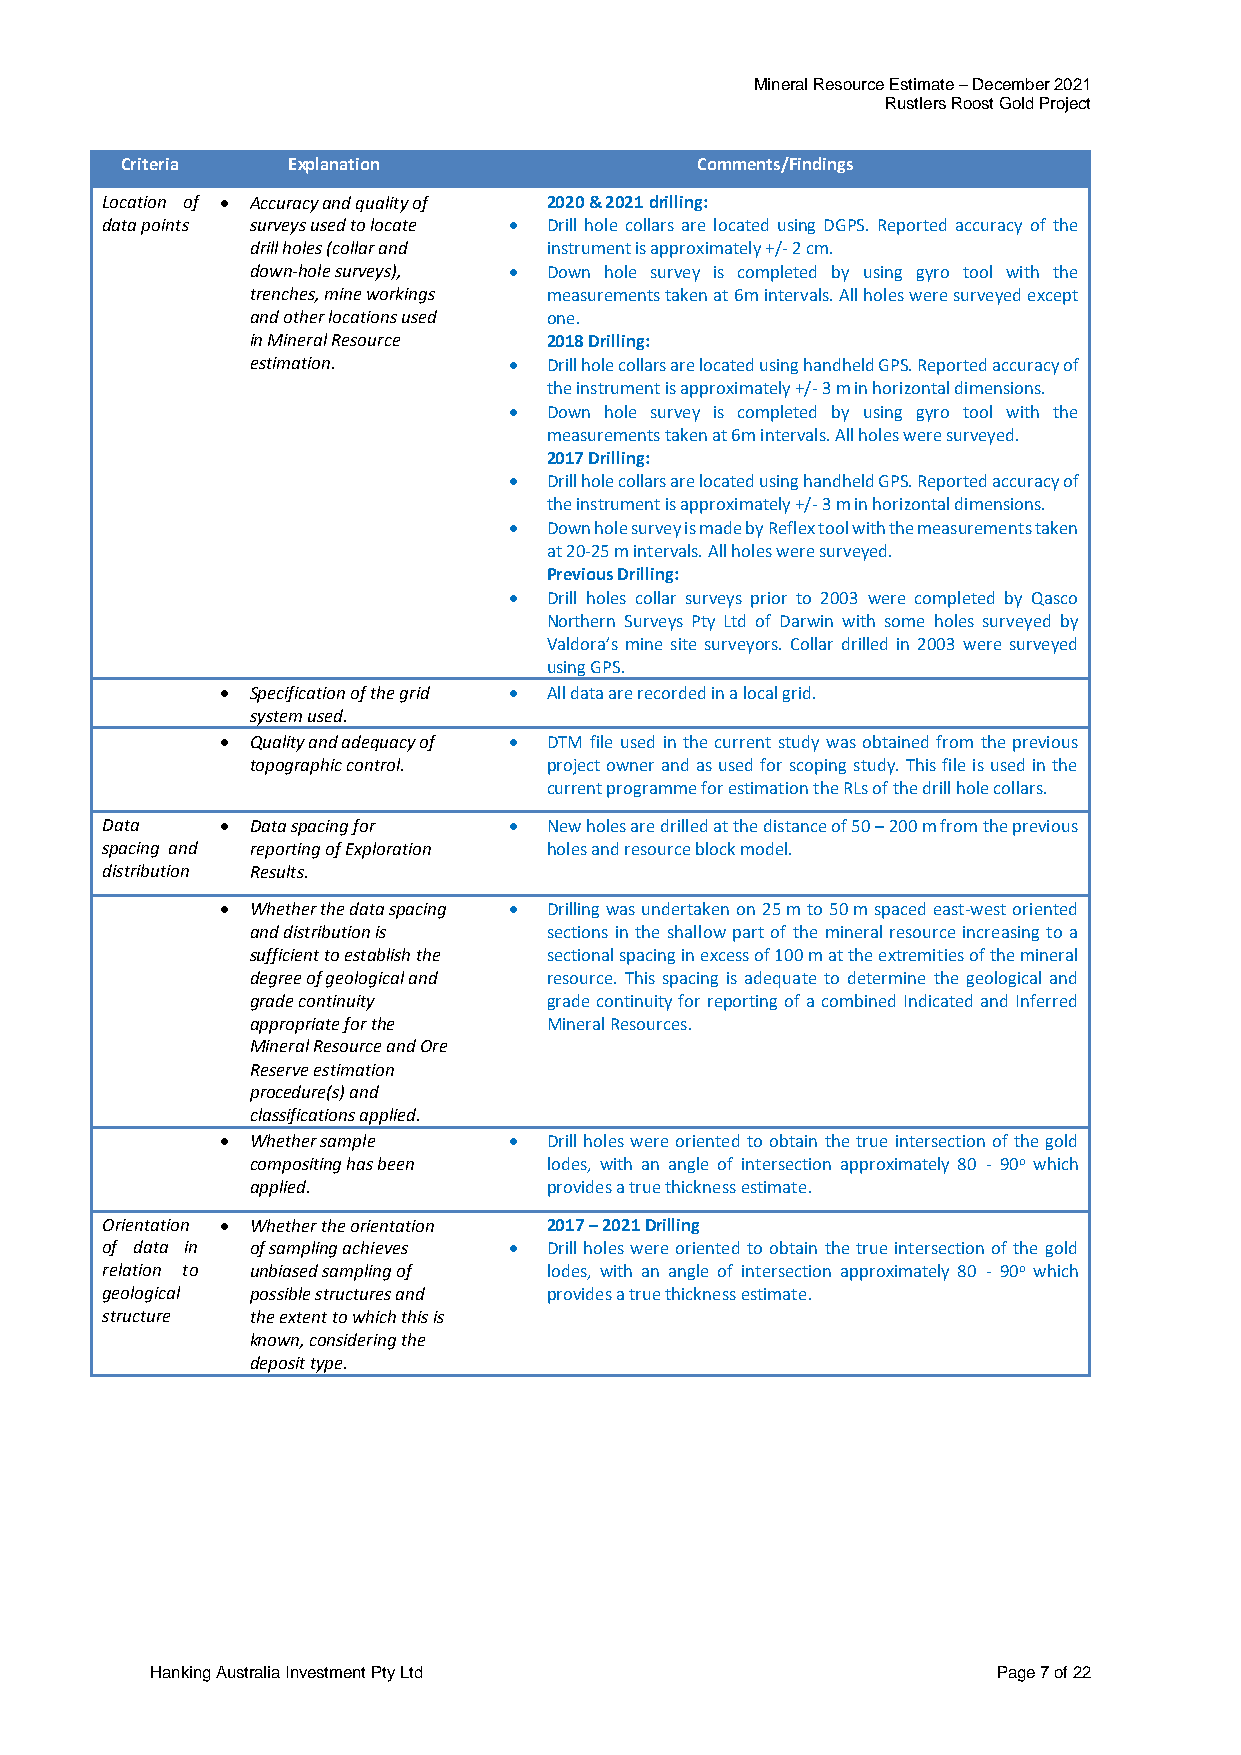
Mineral Resource Estimate – December 2021
 Rustlers Roost Gold Project
 Criteria   Explanation                Comments/Findings
 Location of • Accuracy and quality of 2020 & 2021 drilling:
 data points surveys used to locate • Drill hole collars are located using DGPS. Reported accuracy of the
 drill holes (collar and instrument is approximately +/- 2 cm.
 down-hole surveys), • Down hole survey is completed by using gyro tool with the
 trenches, mine workings measurements taken at 6m intervals. All holes were surveyed except
 and other locations used one.
 in Mineral Resource 2018 Drilling:
 estimation.      • Drill hole collars are located using handheld GPS. Reported accuracy of
 the instrument is approximately +/- 3 m in horizontal dimensions.
 • Down hole survey is completed by using gyro tool with the
 measurements taken at 6m intervals. All holes were surveyed.
 2017 Drilling:
 • Drill hole collars are located using handheld GPS. Reported accuracy of
 the instrument is approximately +/- 3 m in horizontal dimensions.
 • Down hole survey is made by Reflex tool with the measurements taken
 at 20-25 m intervals. All holes were surveyed.
 Previous Drilling:
 • Drill holes collar surveys prior to 2003 were completed by Qasco
 Northern Surveys Pty Ltd of Darwin with some holes surveyed by
 Valdora’s mine site surveyors. Collar drilled in 2003 were surveyed
 using GPS.
 • Specification of the grid • All data are recorded in a local grid.
 system used.
 • Quality and adequacy of • DTM file used in the current study was obtained from the previous
 topographic control. project owner and as used for scoping study. This file is used in the
 current programme for estimation the RLs of the drill hole collars.
 Data    • Data spacing for • New holes are drilled at the distance of 50 – 200 m from the previous
 spacing and reporting of Exploration holes and resource block model.
 distribution Results.
 • Whether the data spacing • Drilling was undertaken on 25 m to 50 m spaced east-west oriented
 and distribution is sections in the shallow part of the mineral resource increasing to a
 sufficient to establish the sectional spacing in excess of 100 m at the extremities of the mineral
 degree of geological and resource. This spacing is adequate to determine the geological and
 grade continuity   grade continuity for reporting of a combined Indicated and Inferred
 appropriate for the Mineral Resources.
 Mineral Resource and Ore
 Reserve estimation
 procedure(s) and
 classifications applied.
 • Whether sample   • Drill holes were oriented to obtain the true intersection of the gold
 compositing has been lodes, with an angle of intersection approximately 80 - 90o which
 applied.           provides a true thickness estimate.
 Orientation • Whether the orientation 2017 – 2021 Drilling
 of data in of sampling achieves • Drill holes were oriented to obtain the true intersection of the gold
 relation to unbiased sampling of lodes, with an angle of intersection approximately 80 - 90o which
 geological possible structures and provides a true thickness estimate.
 structure the extent to which this is
 known, considering the
 deposit type.
 Hanking Australia Investment Pty Ltd                    Page 7 of 22